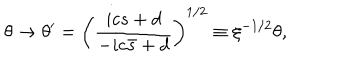
\theta \rightarrow \theta ^ { \prime } = \left( \frac { i c s + d } { - i c \bar { s } + d } \right) ^ { 1 / 2 } \equiv \xi ^ { - 1 / 2 } \theta ,